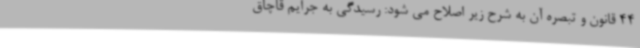
44 قانون و تبصره آن به شرح زیر اصلاح می شود: رسیدگی به جرایم قاچاق